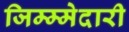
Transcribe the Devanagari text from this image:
जिम्म्मेदारी